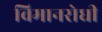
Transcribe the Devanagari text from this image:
विमानरोधी